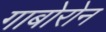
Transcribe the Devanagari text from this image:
गाबोरोन